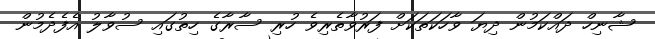
ޝާނިހް ދައްކަމުން ދިޔަ ވާހަކަތަކަށް ފަރުވާތެރިވެ ހުރި ސާރާގެ ހިތުގައި ސުވާލު އެފެދެމުން